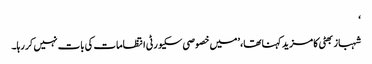
‘
شہباز بھٹی کا مزید کہنا تھا، ’میں خصوصی سکیورٹی انتظامات کی بات نہیں کر رہا۔